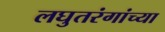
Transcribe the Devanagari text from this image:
लघुतरंगांच्या